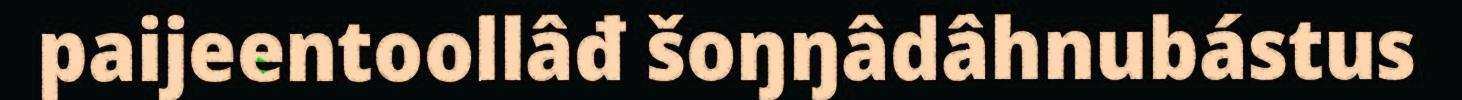
paijeentoollâđ šoŋŋâdâhnubástus